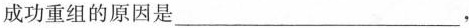
成功重组的原因是___，